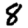
Digit: 8